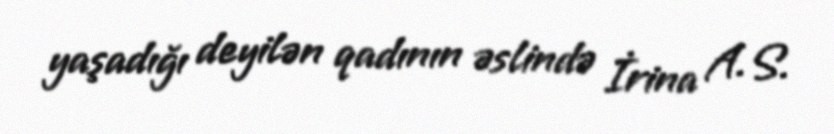
yaşadığı deyilən qadının əslində İrina A.S.